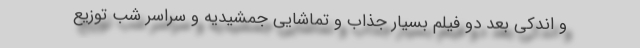
و اندکی بعد دو فیلم بسیار جذاب و تماشایی جمشیدیه و سراسر شب توزیع